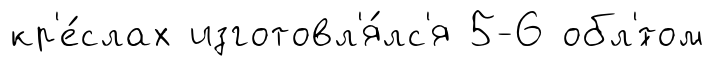
кр'е́слах изготовл'я́лс'я 5-6 обл'́том